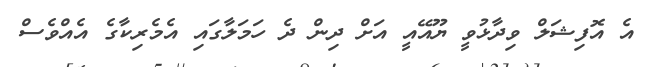
އެ އޮފިޝަލް ވިދާޅުވީ ޔޫއޭއީ އަށް ދިން ދެ ހަމަލާގައި އެމެރިކާގެ އެއްވެސް